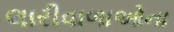
લારીવાળાઓના